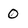
Character: 0